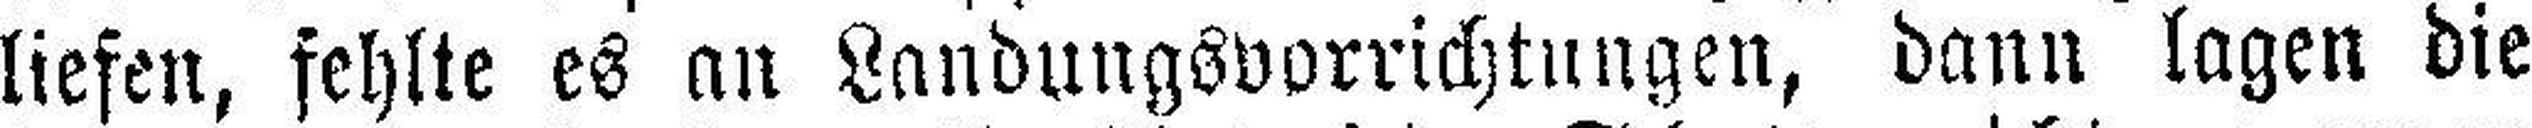
liefen, fehlte es an Landungsvorrichtungen, dann lagen die